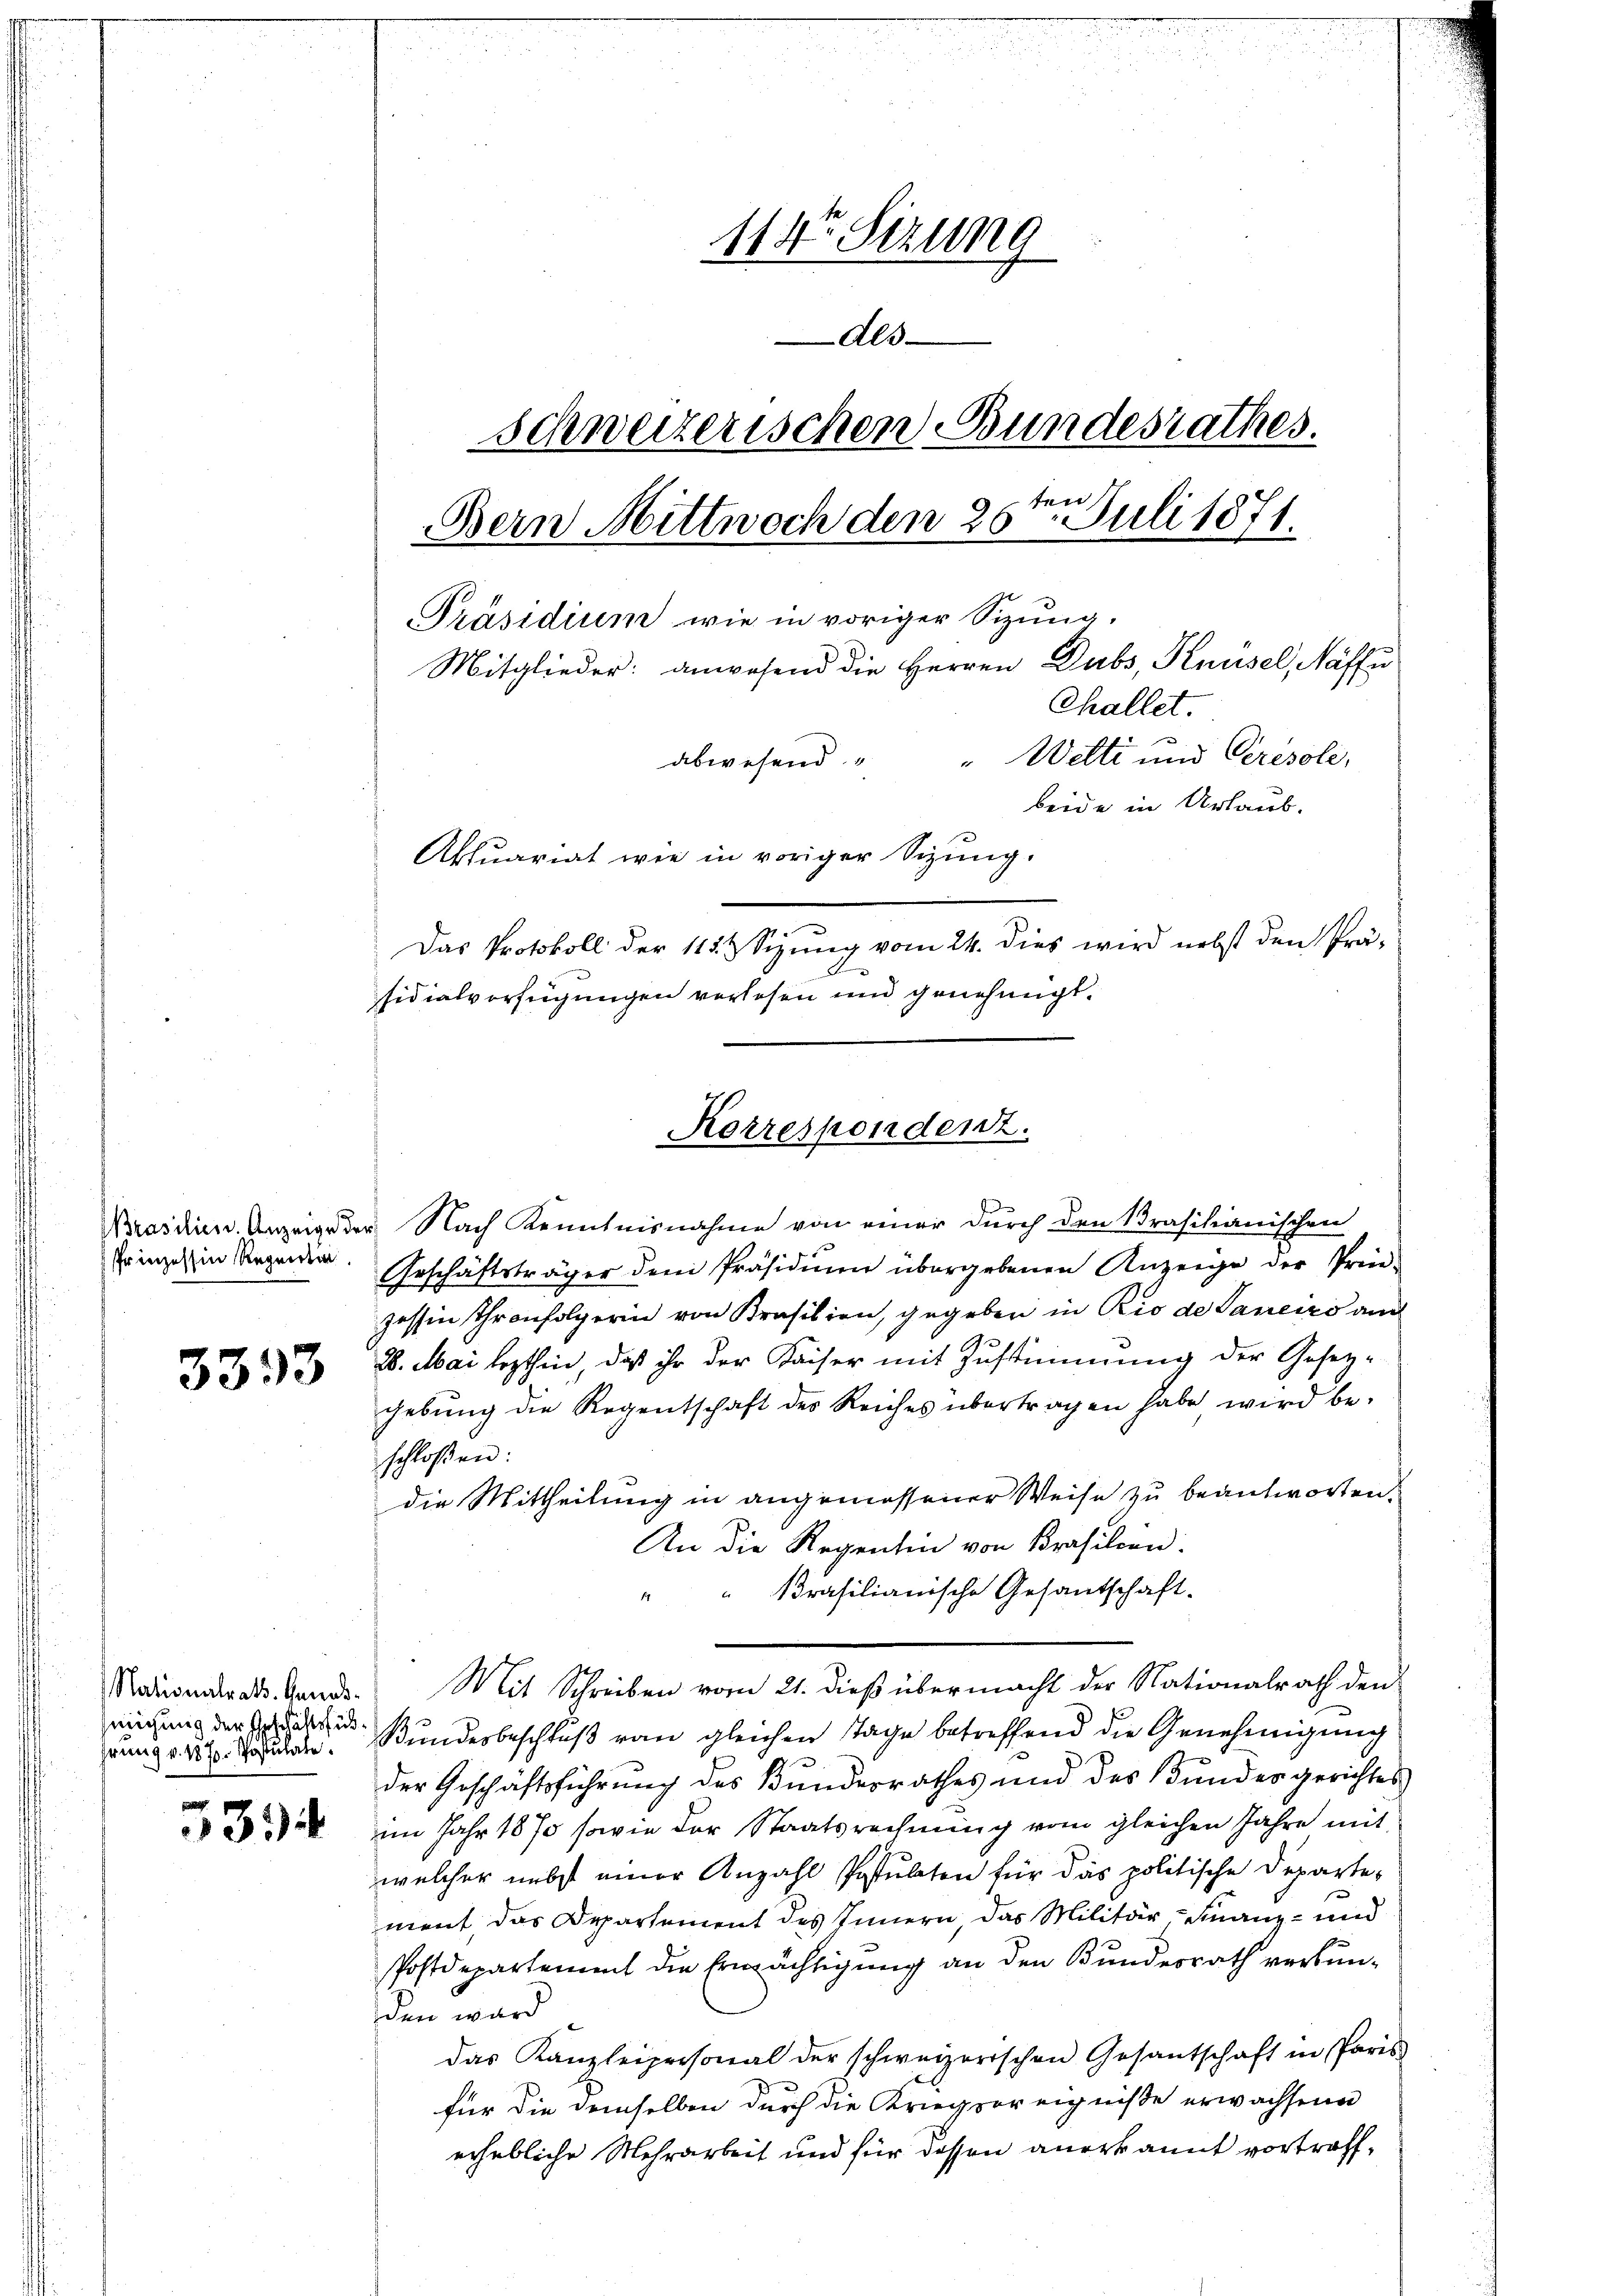
Brasilien. Anzeige d
Prinzessin Regentin

3333

Nationalrath. Genosmigung der Geschäftsfühhrung v. 187. Postulate

531.

114ten Sizung
Als
schweizerischen Bundesrathes.
4
Bern Mittwoch den 26. Juli 1871.
Präsidium wie in voriger Sizung,
Mitglieder: anwesend die Herren Dubs, Knüsel, Näffi
Challet.
abwesend " " Welti und Ceresole,
beide in Urlaub.
Aktuariat wie in voriger Sizung.
Das Protokoll der 112. & Sizung vom 24. dies wird nebst den Prä-
sidialverfügungen verlesen und genehmigt.

u. Nach Kenntnisnahme von einer durch den Prasilianischen
Geschäftsträger dem Präsidium übergebenen Anzeige der Prin-
zessin Thronfolgerin von Prasilien, gegeben in Rio de Janeiro auch
26. Mai lezthin, daß ihr der Kaiser mit Zustimmung der Gesezgebung die Regentschaft des Reiches übertragen habe wird be-
schloßen:
die Mittheilung in angemessener Weise zu beantworten.
An die Regenhin von Brasilien.
" " Brasilianische Gesantschaft.
Mit Schreiben vom 21. dieß übermacht der Nationalrath den
Bundesbeschluß vom gleichen Tage betreffend die Genehmigung
der Geschäftsführung des Bundesrathes und des Bundesgerichtes
im Jahr 1870 sowie der Staatsrechnung vom gleichen Jahre mit
welcher nebst einer Anzahl Postulaten für das politische Departement das Departement des Innern das Militär-Finanz- und
Postdepartement die Ermächtigung an den Bundesrath verbunden ward
das Kanzleipersonal der schweizerischen Gesantschaft in Paris
für die demselben durch die Kriegsereigniße erwachsene
erhebliche Mehrarbeit und für dessen anerkannt vortreff¬

Korrespondenz.